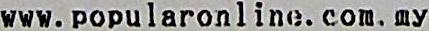
WWW.POPULARONLINE.COM.MY